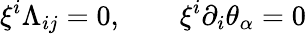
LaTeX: \xi^{i}\Lambda_{ij}=0,\qquad\xi^{i}\partial_{i}\theta_{\alpha}=0